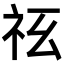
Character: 𥘢